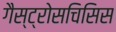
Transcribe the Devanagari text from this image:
गैस्ट्रोसचिसिस